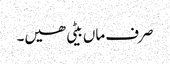
صرف ماں بیٹی ھیں۔